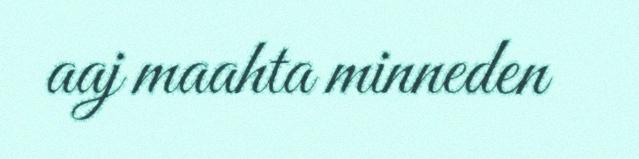
aaj maahta minneden